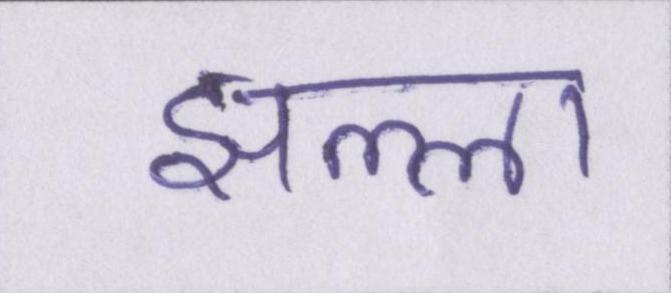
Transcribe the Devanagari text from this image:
झल्ला